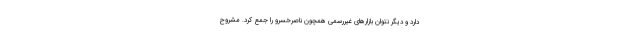
دارد و دیگر نتوان بازارهای غیررسمی همچون ناصرخسرو را جمع کرد. مشروح